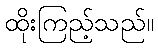
ထိုးကြည့်သည်။